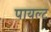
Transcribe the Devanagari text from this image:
पायल्ट